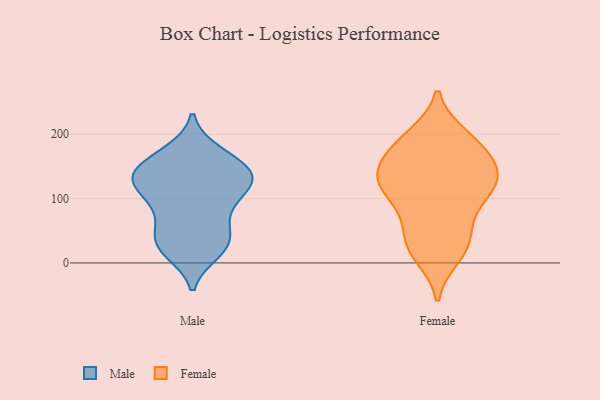
{"axis": {"x": "Net Income (USD K)", "y": "Value"}, "legend": ["Female", "Male"], "data": [{"x": "", "y": 171, "type": "Male"}, {"x": "", "y": 85, "type": "Male"}, {"x": "", "y": 169, "type": "Male"}, {"x": "", "y": 21, "type": "Male"}, {"x": "", "y": 92, "type": "Male"}, {"x": "", "y": 83, "type": "Male"}, {"x": "", "y": 121, "type": "Male"}, {"x": "", "y": 37, "type": "Male"}, {"x": "", "y": 134, "type": "Male"}, {"x": "", "y": 131, "type": "Male"}, {"x": "", "y": 18, "type": "Male"}, {"x": "", "y": 128, "type": "Male"}, {"x": "", "y": 156, "type": "Male"}, {"x": "", "y": 118, "type": "Male"}, {"x": "", "y": 147, "type": "Male"}, {"x": "", "y": 130, "type": "Male"}, {"x": "", "y": 25, "type": "Male"}, {"x": "", "y": 45, "type": "Male"}, {"x": "", "y": 42, "type": "Male"}, {"x": "", "y": 138, "type": "Male"}, {"x": "", "y": 51, "type": "Female"}, {"x": "", "y": 163, "type": "Female"}, {"x": "", "y": 83, "type": "Female"}, {"x": "", "y": 93, "type": "Female"}, {"x": "", "y": 139, "type": "Female"}, {"x": "", "y": 11, "type": "Female"}, {"x": "", "y": 123, "type": "Female"}, {"x": "", "y": 197, "type": "Female"}, {"x": "", "y": 155, "type": "Female"}, {"x": "", "y": 193, "type": "Female"}, {"x": "", "y": 31, "type": "Female"}, {"x": "", "y": 118, "type": "Female"}, {"x": "", "y": 17, "type": "Female"}, {"x": "", "y": 36, "type": "Female"}, {"x": "", "y": 134, "type": "Female"}, {"x": "", "y": 106, "type": "Female"}, {"x": "", "y": 131, "type": "Female"}, {"x": "", "y": 178, "type": "Female"}, {"x": "", "y": 190, "type": "Female"}, {"x": "", "y": 135, "type": "Female"}]}